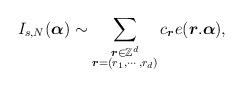
LaTeX: \begin{align*}I_{s,N}(\boldsymbol{\alpha})\sim\displaystyle\sum_{\substack{\boldsymbol{r}\in\mathbb{Z}^d\\ \boldsymbol{r}=(r_1,\cdots,r_d)}}c_{\boldsymbol{r}}e(\boldsymbol{r}.\boldsymbol{\alpha}),\end{align*}